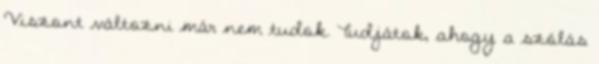
Viszont változni már nem tudok. Tudjátok, ahogy a szólás